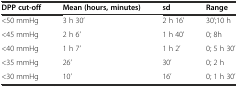
<table><thead><tr><td><b>DPP cut-off</b></td><td><b>Mean (hours, minutes)</b></td><td><b>sd</b></td><td><b>Range</b></td></tr></thead><tbody><tr><td>&lt;50 mmHg</td><td>3 h 30’</td><td>2 h 16’</td><td>30’;10 h</td></tr><tr><td>&lt;45 mmHg</td><td>2 h 6’</td><td>1 h 40’</td><td>0; 8h</td></tr><tr><td>&lt;40 mmHg</td><td>1 h 7’</td><td>1 h 2’</td><td>0; 5 h 30’</td></tr><tr><td>&lt;35 mmHg</td><td>26’</td><td>30’</td><td>0; 2 h</td></tr><tr><td>&lt;30 mmHg</td><td>10’</td><td>16’</td><td>0; 1 h 30’</td></tr></tbody></table>